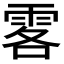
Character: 𩂣